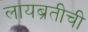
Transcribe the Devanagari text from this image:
लायब्रतीची